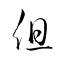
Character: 伹